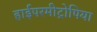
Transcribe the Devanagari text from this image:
हाईपरमीट्रोपिया